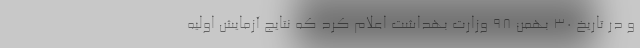
و در تاریخ ۳۰ بهمن ۹۸ وزارت بهداشت اعلام کرد که نتایج آزمایش اولیه